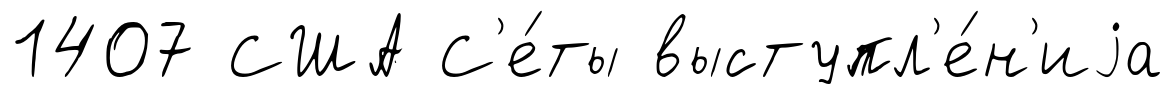
1407 США С'е́ты выступл'е́н'иjа